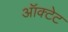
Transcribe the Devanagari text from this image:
ऑक्टेट